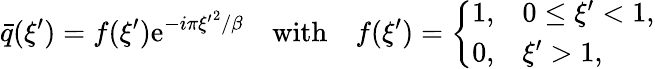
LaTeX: \bar{q}(\xi^{\prime})=f(\xi^{\prime})\mathrm{e}^{-i\pi{\xi^{\prime}}^{2}/\beta}\quad\mathrm{with}\quad f(\xi^{\prime})=\left\{ \begin{array}{ll}{1,}&{0\leq\xi^{\prime}<1,}\\ {0,}&{\xi^{\prime}>1,}\end{array}\right.